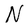
Character: N